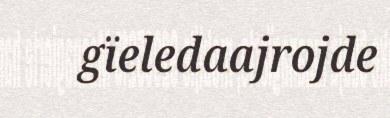
gïeledaajrojde